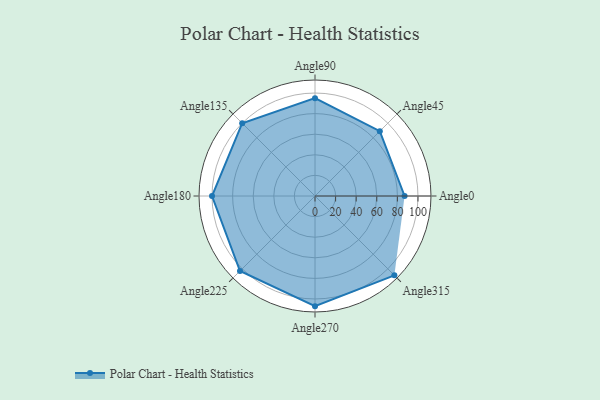
{"axis": {"x": "Angle", "y": "Radius"}, "legend": [""], "data": [{"x": "Angle0", "y": 87.0, "type": ""}, {"x": "Angle45", "y": 89.0, "type": ""}, {"x": "Angle90", "y": 95.0, "type": ""}, {"x": "Angle135", "y": 100.0, "type": ""}, {"x": "Angle180", "y": 100.0, "type": ""}, {"x": "Angle225", "y": 103.0, "type": ""}, {"x": "Angle270", "y": 107.0, "type": ""}, {"x": "Angle315", "y": 109.0, "type": ""}]}